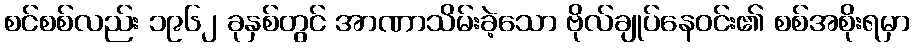
စင်စစ်လည်း ၁၉၆၂ ခုနှစ်တွင် အာဏာသိမ်းခဲ့သော ဗိုလ်ချုပ်နေဝင်း၏ စစ်အစိုးရမှာ